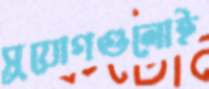
সুযোগগুলোই